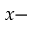
x -